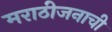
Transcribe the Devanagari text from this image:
मराठीजनाची